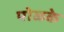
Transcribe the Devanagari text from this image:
पोळके